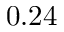
0 . 2 4